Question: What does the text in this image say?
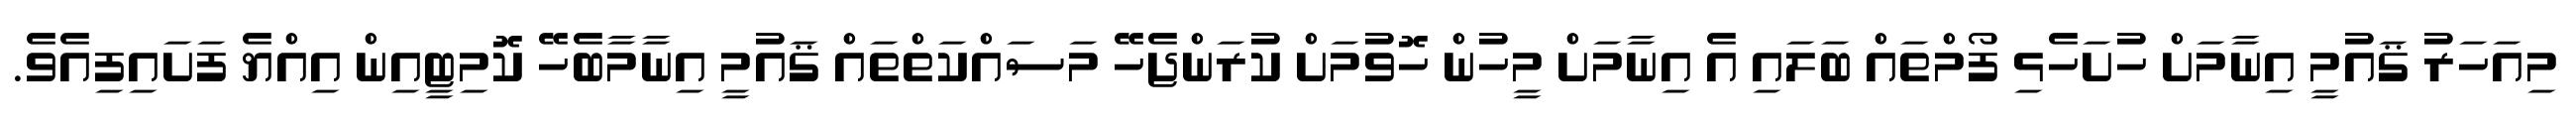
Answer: މިއަހަރު ޤައުމީ އިނާމަށް ހުށަހެޅި ފޯމްތައް ބަލައި އެ އިނާމަށް މީހުން ހޮވުމަށް ކުރަންޖެހޭ މަސައްކަތްތައް ޤައުމީ އިނާމާބެހޭ ކޮމިޓީއިން އިއްޔެ ފަށައިފިއެވެ.